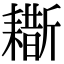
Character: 䎰